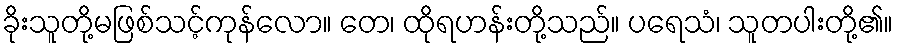
ခိုးသူတို့မဖြစ်သင့်ကုန်လော။ တေ၊ ထိုရဟန်းတို့သည်။ ပရေသံ၊ သူတပါးတို့၏။